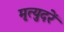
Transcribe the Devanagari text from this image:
मृत्युदरें